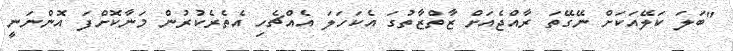
"ބަލަ ކަލޭއަކަށް ނޭގޭތަ ރާއްޖެއަށް ޒާތްޒާތުގަ އެކަހަލަ އެއްޗެހި އެތެރެކުރުން މަނާކޮށްފަ އޮންނަނީ